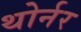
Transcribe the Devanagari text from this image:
थोर्नर